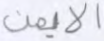
الأيمن